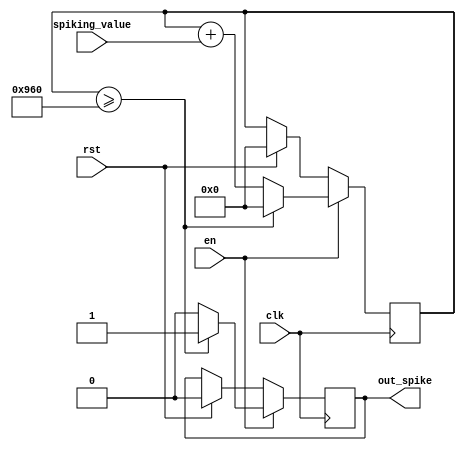
//  https://github.com/doitdodo/FPGA_Spiking_NN

module exc_neuron  #(   //output neuron
	parameter ENCODE_TIME = 23, T_WINDOW = 250
)(
    // Clock, reset and enable
    input wire clk,
    input wire rst,
    input wire en,
	 
    
    // Input spking values
    input wire signed [15 : 0] spiking_value,   //24 bit number
    

    
    // Output spikes and spike cnt
    output reg out_spike

    );
    
  

	 localparam signed threshold = 16'h0960;//16'h00F0;  //16 bit hex number
	 reg [15 : 0] refractory_cnt = 16'd0;
//	 reg refractory_en;
	 
	 reg signed [15 : 0] potential;    //16 bit number
	 
	 always@(posedge clk) begin
		if (rst) begin
			potential <= 0;
         out_spike <= 0;
//         refractory_cnt <= 0;
//         refractory_en <= 0;

		end
		else if (en) begin
		
			potential <= potential + spiking_value;
				
		end
		
		if(en) begin
            if(refractory_cnt == 16'd0) begin
                potential <= potential + spiking_value;
                
                if((potential >= threshold) ) begin//&& potential >= 0) begin
                    potential <= 16'b0;
                    out_spike <= 1'b1;
//         		     refractory_en <= 1'b1;
                end
                else out_spike <= 1'b0;
            end
            else begin
                potential <= potential;         
                out_spike <= 1'b0; 
            end
//				if(refractory_cnt == 50) begin   //100 clock cycle delay, which makes 2us delay
//                refractory_cnt <= 0;
//                refractory_en <= 1'b0;
//            end
//            else if (refractory_en) begin
//                refractory_cnt <= refractory_cnt + 1;
//            end
        end
		
	 end
	 
	 

	 
endmodule


module input_neuron #(
    parameter ENCODE_TIME = 23, T_WINDOW = 250
)(


    // Clock, reset and enable
    input wire clk,
    input wire rst,
    input wire en,
    
	 input wire[11:0] Sensor_input,
	 input wire[9:0] Material_type,
	 
	 output reg [7:0] Pre_spike
	 
);

	wire [11:0] potential;
	reg [18:0] spike;
	
	assign potential = Sensor_input;
	
	always @(posedge clk) 
	begin
	
	spike <= potential * 100;
	
	Pre_spike <= spike / 4096;
	
	
	end
endmodule


module hidden_neuron  #(   //output neuron
	parameter ENCODE_TIME = 23, T_WINDOW = 250
)(
    // Clock, reset and enable
    input wire clk,
    input wire rst,
    input wire en,
	 
    
    // Input spking values
    input wire signed [15 : 0] spiking_value,   //24 bit number
    
    
    // Output spikes and spike cnt
    output reg out_spike

    );
    
  

	 localparam signed threshold = 16'h0960;//16'h00F0;  //16 bit hex number
	 reg [15 : 0] refractory_cnt = 16'd0;
//	 reg refractory_en;
	 
	 reg signed [15 : 0] potential;    //16 bit number
	 
	 always@(posedge clk) begin
		if (rst) begin
			potential <= 0;
         out_spike <= 0;
//         refractory_cnt <= 0;
//         refractory_en <= 0;

		end
		else if (en) begin
		
			potential <= potential + spiking_value;
				
		end
		
		if(en) begin
            if(refractory_cnt == 16'd0) begin
                potential <= potential + spiking_value;
                
                if((potential >= threshold) ) begin//&& potential >= 0) begin
                    potential <= 16'b0;
                    out_spike <= 1'b1;
//         		     refractory_en <= 1'b1;
                end
                else out_spike <= 1'b0;
            end
            else begin
                potential <= potential;         
                out_spike <= 1'b0; 
            end
//				if(refractory_cnt == 50) begin   //100 clock cycle delay, which makes 2us delay
//                refractory_cnt <= 0;
//                refractory_en <= 1'b0;
//            end
//            else if (refractory_en) begin
//                refractory_cnt <= refractory_cnt + 1;
//            end
        end
		
	 end
	 
	 
endmodule